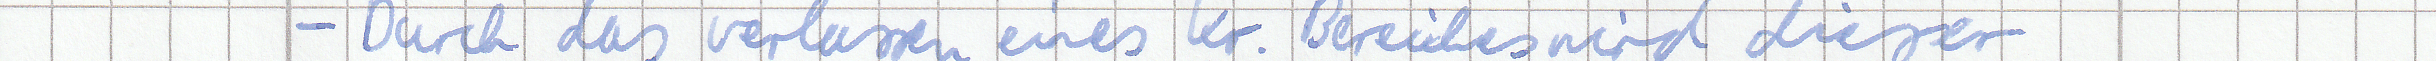
- Durch das verlassen eines Kr. Bereiches wird dieser